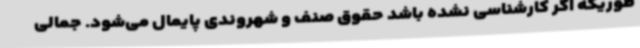
طوریکه اگر کارشناسی نشده باشد حقوق صنف و شهروندی پایمال می‌شود. جمالی